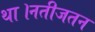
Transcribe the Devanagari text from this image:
था।नतीजतन